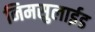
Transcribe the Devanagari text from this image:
निमसुलाईड